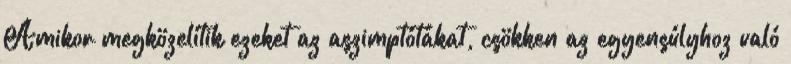
Amikor megközelítik ezeket az aszimptótákat, csökken az egyensúlyhoz való